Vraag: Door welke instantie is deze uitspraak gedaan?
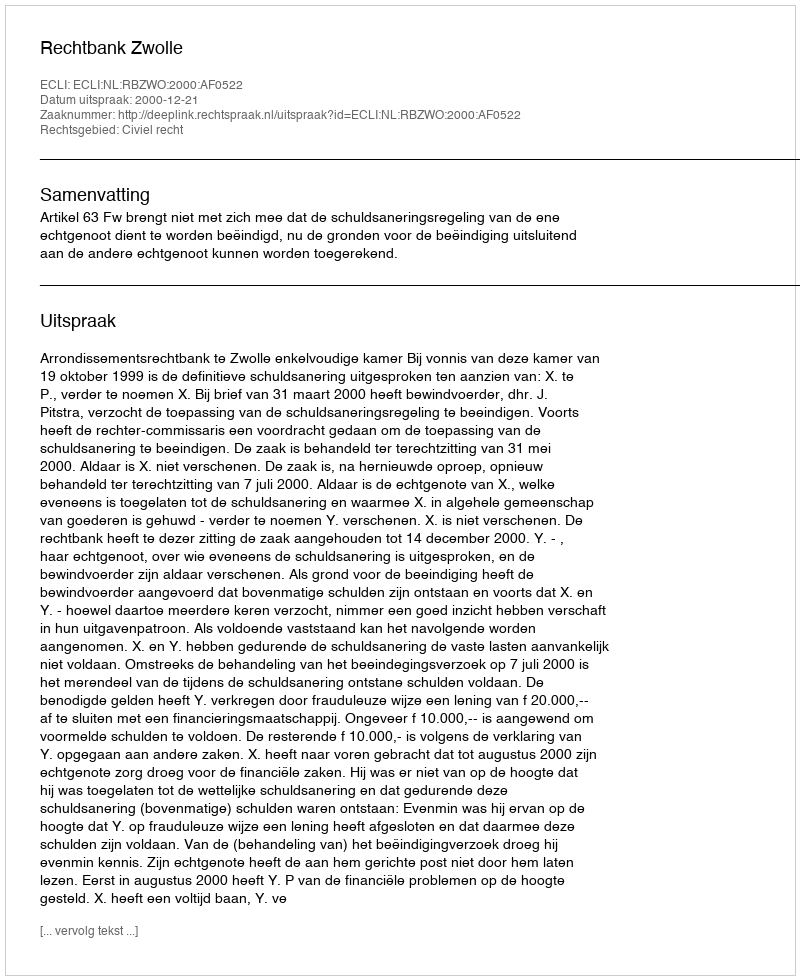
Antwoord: Rechtbank Zwolle